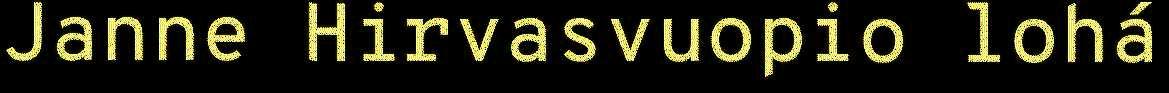
Janne Hirvasvuopio lohá